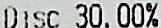
DISC 30.00%